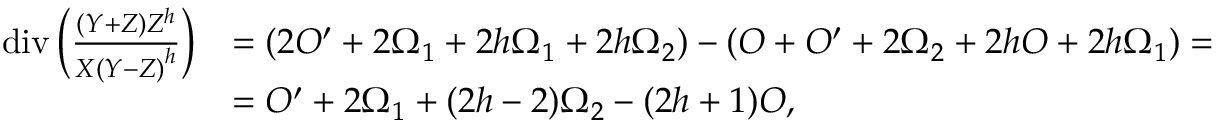
\begin{array} { r l } { \operatorname { d i v } \left( \frac { ( Y + Z ) Z ^ { h } } { X { ( Y - Z ) } ^ { h } } \right) } & { = ( 2 O ^ { \prime } + 2 \Omega _ { 1 } + 2 h \Omega _ { 1 } + 2 h \Omega _ { 2 } ) - ( O + O ^ { \prime } + 2 \Omega _ { 2 } + 2 h O + 2 h \Omega _ { 1 } ) = } \\ & { = O ^ { \prime } + 2 \Omega _ { 1 } + ( 2 h - 2 ) \Omega _ { 2 } - ( 2 h + 1 ) O , } \end{array}